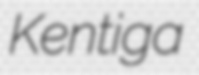
Kentiga